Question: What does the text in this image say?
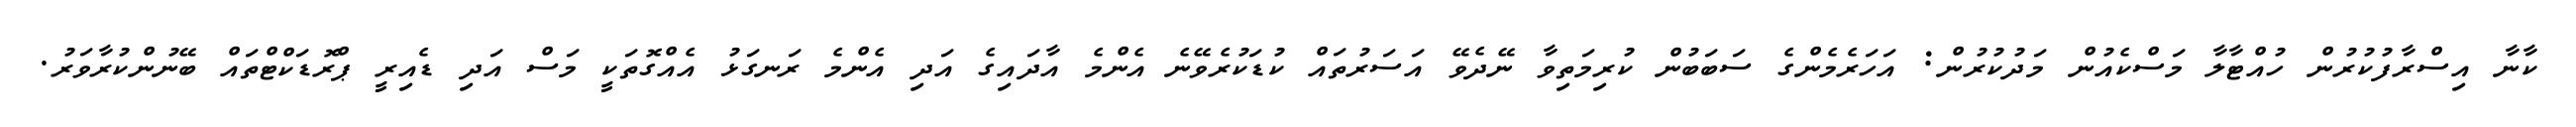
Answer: ކާނާ އިސްރާފުކުރުން ހުއްޓާލާ މަސްކެއުން މަދުކުރުން: އަހަރެމެންގެ ސަބަބުން ކުރިމަތިވާ ނޭދެވޭ އަސަރުތައް ކުޑަކުރެވޭނެ އެންމެ އާދައިގެ އަދި އެންމެ ރަނގަޅު އެއްގޮތަކީ މަސް އަދި ޑެއިރީ ޕްރޮޑަކްޓްތައް ބޭނުންކުރާވަރު.